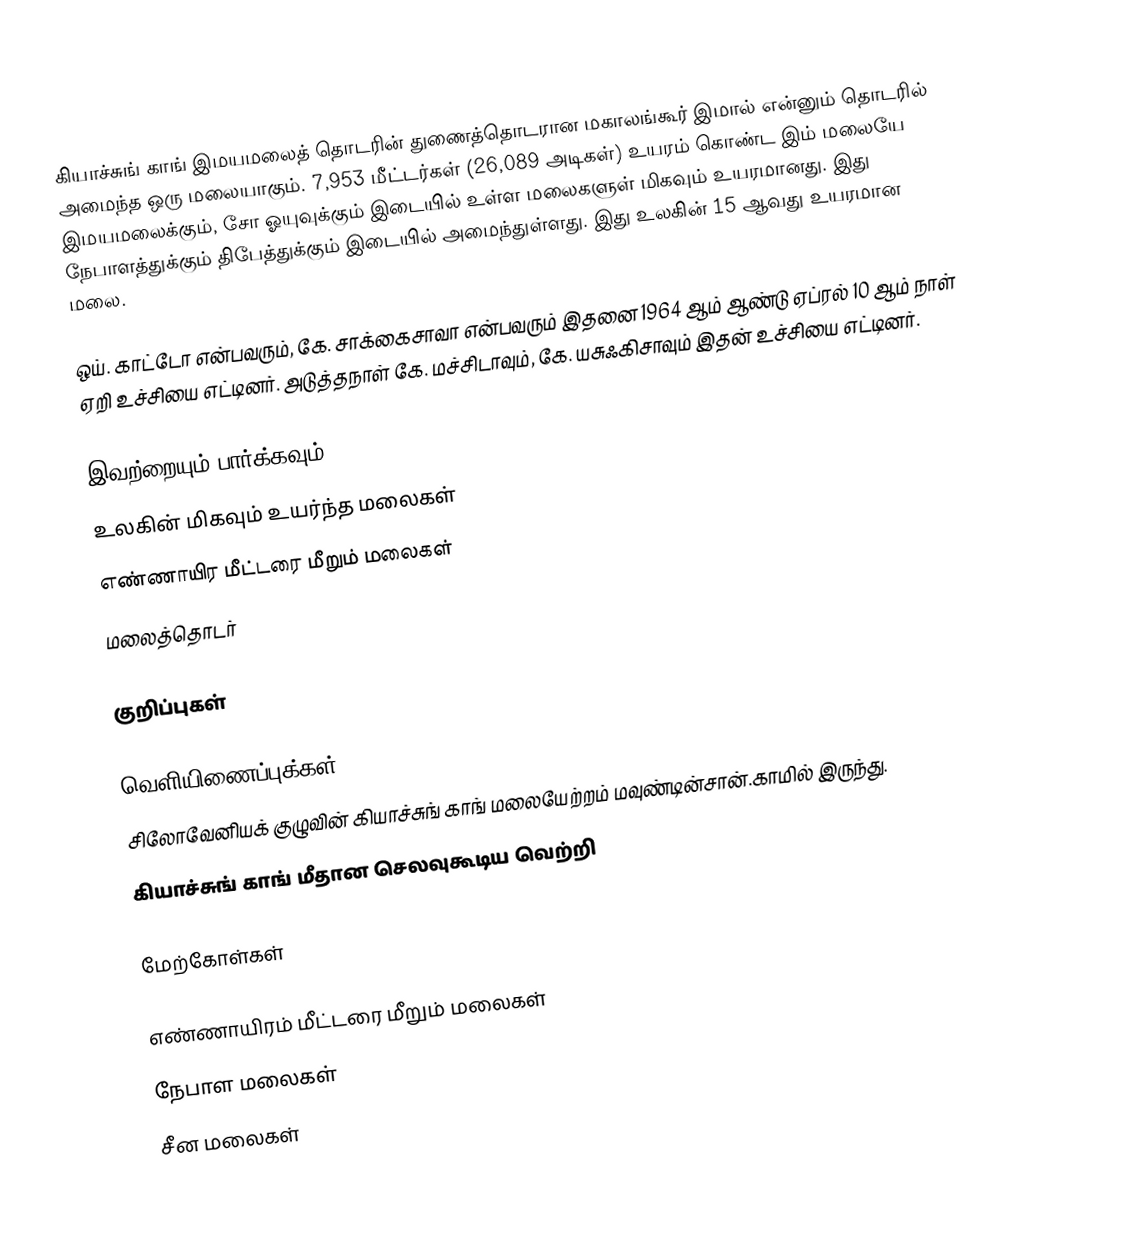
கியாச்சுங் காங் இமயமலைத் தொடரின் துணைத்தொடரான மகாலங்கூர் இமால் என்னும் தொடரில் அமைந்த ஒரு மலையாகும். 7,953 மீட்டர்கள் (26,089 அடிகள்) உயரம் கொண்ட இம் மலையே இமயமலைக்கும், சோ ஓயுவுக்கும் இடையில் உள்ள மலைகளுள் மிகவும் உயரமானது. இது நேபாளத்துக்கும் திபேத்துக்கும் இடையில் அமைந்துள்ளது. இது உலகின் 15 ஆவது உயரமான மலை.

ஒய். காட்டோ என்பவரும், கே. சாக்கைசாவா என்பவரும் இதனை 1964 ஆம் ஆண்டு ஏப்ரல் 10 ஆம் நாள் ஏறி உச்சியை எட்டினர். அடுத்தநாள் கே. மச்சிடாவும், கே. யசுஃகிசாவும் இதன் உச்சியை எட்டினர்.

இவற்றையும் பார்க்கவும்
 உலகின் மிகவும் உயர்ந்த மலைகள்
 எண்ணாயிர மீட்டரை மீறும் மலைகள்
 மலைத்தொடர்

குறிப்புகள்

வெளியிணைப்புக்கள்
 சிலோவேனியக் குழுவின் கியாச்சுங் காங் மலையேற்றம் மவுண்டின்சான்.காமில் இருந்து.
 கியாச்சுங் காங் மீதான செலவுகூடிய வெற்றி

மேற்கோள்கள்

எண்ணாயிரம் மீட்டரை மீறும் மலைகள்
நேபாள மலைகள்
சீன மலைகள்